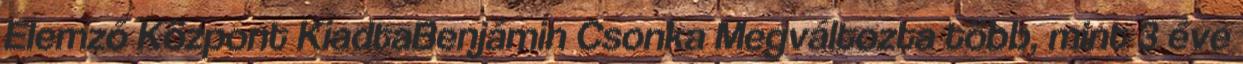
Elemző Központ KiadtaBenjámin Csonka Megváltozta több, mint 3 éve